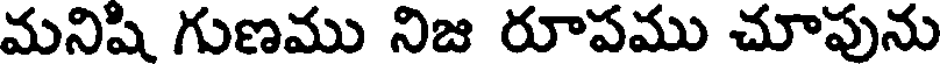
మనిషి గుణము నిజ రూపము చూపును